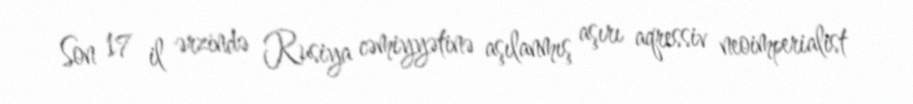
Son 17 il ərzində Rusiya cəmiyyətinə aşılanmış aşırı aqressiv neoimperialist